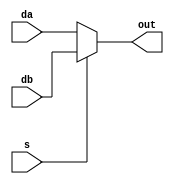
module mux (
    input s,
    input da,
    input db,
    output out
);

assign out = s ? db : da;

endmodule